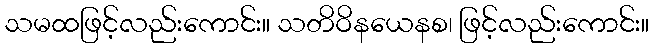
သမထဖြင့်လည်းကောင်း။ သတိဝိနယေနစ၊ ဖြင့်လည်းကောင်း။